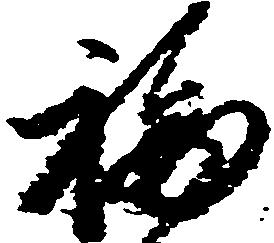
福